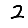
Digit: 2